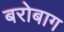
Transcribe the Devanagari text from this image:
बरोबाग